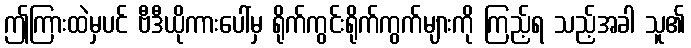
ဤကြားထဲမှပင် ဗီဒီယိုကားပေါ်မှ ရိုက်ကွင်းရိုက်ကွက်များကို ကြည့်ရ သည့်အခါ သူ၏